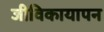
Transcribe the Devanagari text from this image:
जीविकायापन